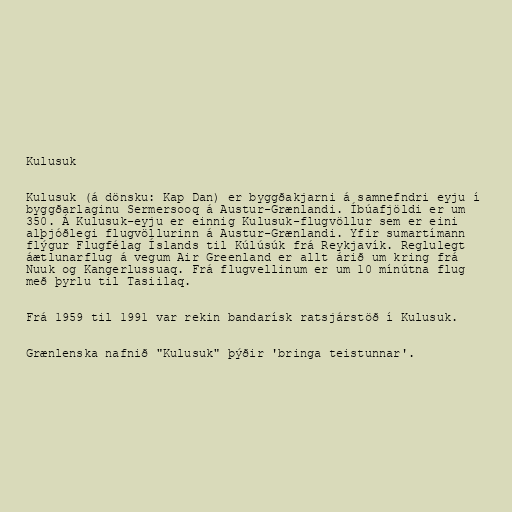
Kulusuk

Kulusuk (á dönsku: Kap Dan) er byggðakjarni á samnefndri eyju í
byggðarlaginu Sermersooq á Austur-Grænlandi. Íbúafjöldi er um
350. Á Kulusuk-eyju er einnig Kulusuk-flugvöllur sem er eini
alþjóðlegi flugvöllurinn á Austur-Grænlandi. Yfir sumartímann
flýgur Flugfélag Íslands til Kúlúsúk frá Reykjavík. Reglulegt
áætlunarflug á vegum Air Greenland er allt árið um kring frá
Nuuk og Kangerlussuaq. Frá flugvellinum er um 10 mínútna flug
með þyrlu til Tasiilaq.

Frá 1959 til 1991 var rekin bandarísk ratsjárstöð í Kulusuk.

Grænlenska nafnið "Kulusuk" þýðir 'bringa teistunnar'.